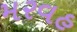
મરવહ